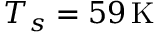
T _ { s } = 5 9 \, \mathrm { K }